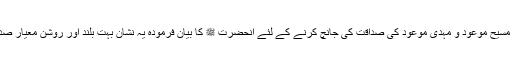
حضرت مسیح موعودؑ و مہدی موعودؑ کی صداقت کی جانچ کرنے کے لئے آنحضرت ﷺ کا بیان فرمودہ یہ نشان بہت بلند اور روشن معیار صداقت ہے۔